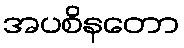
အပစိနတော